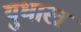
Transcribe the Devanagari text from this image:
युधास्त्र